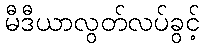
မီဒီယာလွတ်လပ်ခွင့်